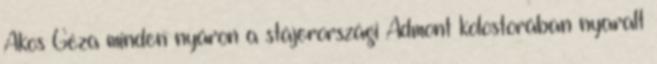
Ákos Géza minden nyáron a stájerországi Admont kolostorában nyaralt